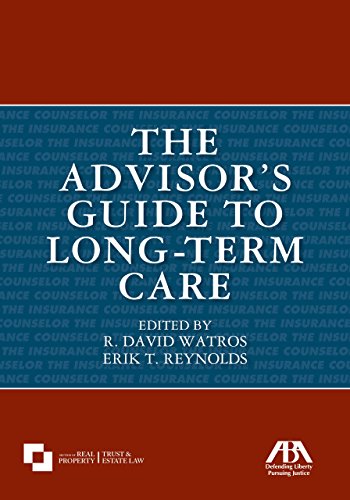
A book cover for The Advisor's Guide to Long-Term Care; Law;